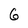
Character: 6